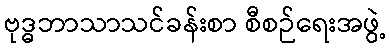
ဗုဒ္ဓဘာသာသင်ခန်းစာ စီစဉ်ရေးအဖွဲ့